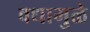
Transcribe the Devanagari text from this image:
वधामुळे